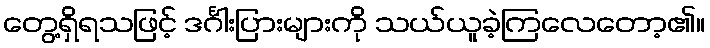
တွေ့ရှိရသဖြင့် ဒင်္ဂါးပြားများကို သယ်ယူခဲ့ကြလေတော့၏။